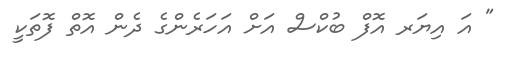
" އަ އިޔަރ އޮފް ބުކްސް އަށް އަހަރެންގެ ދެން އޮތް ފޮތަކީ